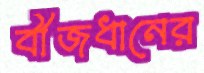
বীজধানের